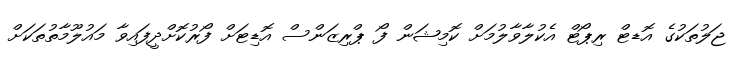
ޖަލުތަކުގެ އޮޑޓް ރިޕޯޓް އެކުލާވާލުމަށް ކޮމިޝަން ފޯ ޕްރިޒަންސް އޮޑިޓަށް ފޯރުކޮށްދީފައިވާ މައުލޫމާތުތަކަށް